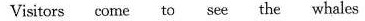
Visitors come to see the whales